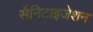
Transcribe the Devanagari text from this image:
सैनिटाइजेशन